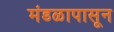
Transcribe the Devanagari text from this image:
मंडळापासून